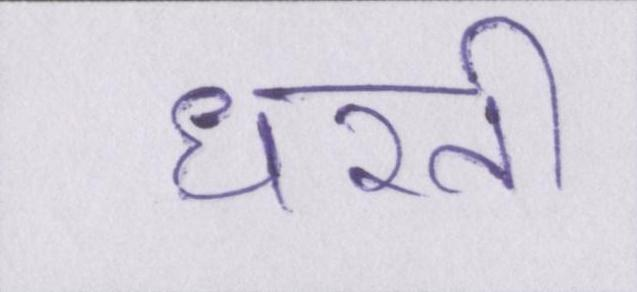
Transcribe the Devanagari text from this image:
धरती